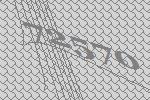
72570